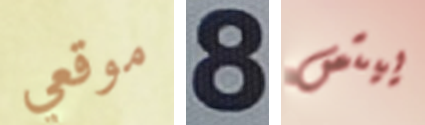
موقعي 8 ييتس